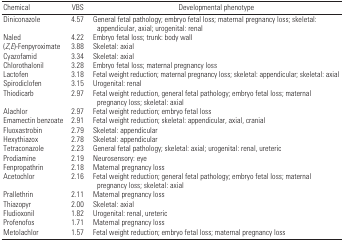
<table><thead><tr><td><b>Chemical</b></td><td><b>VBS</b></td><td><b>Developmental phenotype</b></td></tr></thead><tbody><tr><td>Diniconazole</td><td></td><td>4.57</td><td></td><td>General fetal pathology; embryo fetal loss; maternal pregnancy loss; skeletal: appendicular, axial; urogenital: renal</td></tr><tr><td>Naled</td><td></td><td>4.22</td><td></td><td>Embryo fetal loss; trunk: body wall</td></tr><tr><td>(<i>Z</i>,<i>E</i>)-Fenpyroximate</td><td></td><td>3.88</td><td></td><td>Skeletal: axial</td></tr><tr><td>Cyazofamid</td><td></td><td>3.34</td><td></td><td>Skeletal: axial</td></tr><tr><td>Chlorothalonil</td><td></td><td>3.28</td><td></td><td>Embryo fetal loss; maternal pregnancy loss</td></tr><tr><td>Lactofen</td><td></td><td>3.18</td><td></td><td>Fetal weight reduction; maternal pregnancy loss; skeletal: appendicular; skeletal: axial</td></tr><tr><td>Spirodiclofen</td><td></td><td>3.15</td><td></td><td>Urogenital: renal</td></tr><tr><td>Thiodicarb</td><td></td><td>2.97</td><td></td><td>Fetal weight reduction, general fetal pathology; embryo fetal loss; maternal pregnancy loss; skeletal: axial</td></tr><tr><td>Alachlor</td><td></td><td>2.97</td><td></td><td>Fetal weight reduction; embryo fetal loss</td></tr><tr><td>Emamectin benzoate</td><td></td><td>2.91</td><td></td><td>Fetal weight reduction; skeletal: appendicular, axial, cranial</td></tr><tr><td>Fluoxastrobin</td><td></td><td>2.79</td><td></td><td>Skeletal: appendicular</td></tr><tr><td>Hexythiazox</td><td></td><td>2.78</td><td></td><td>Skeletal: appendicular</td></tr><tr><td>Tetraconazole</td><td></td><td>2.23</td><td></td><td>General fetal pathology; skeletal: axial; urogenital: renal, ureteric</td></tr><tr><td>Prodiamine</td><td></td><td>2.19</td><td></td><td>Neurosensory: eye</td></tr><tr><td>Fenpropathrin</td><td></td><td>2.18</td><td></td><td>Maternal pregnancy loss</td></tr><tr><td>Acetochlor</td><td></td><td>2.16</td><td></td><td>Fetal weight reduction; general fetal pathology; embryo fetal loss; maternal pregnancy loss; skeletal: axial</td></tr><tr><td>Prallethrin</td><td></td><td>2.11</td><td></td><td>Maternal pregnancy loss</td></tr><tr><td>Thiazopyr</td><td></td><td>2.00</td><td></td><td>Skeletal: axial</td></tr><tr><td>Fludioxonil</td><td></td><td>1.82</td><td></td><td>Urogenital: renal, ureteric</td></tr><tr><td>Profenofos</td><td></td><td>1.71</td><td></td><td>Maternal pregnancy loss</td></tr><tr><td>Metolachlor</td><td></td><td>1.57</td><td></td><td>Fetal weight reduction; embryo fetal loss; maternal pregnancy loss</td></tr></tbody></table>